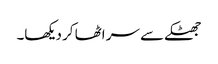
جھٹکے سے سر اٹھا کر دیکھا۔